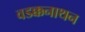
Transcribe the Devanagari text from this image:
वडक्कनाथन